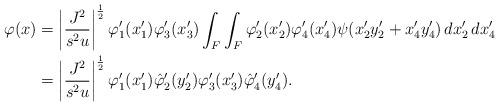
LaTeX: \begin{align*} \varphi(x) & = \left| \frac{J^2}{s^2u} \right|^{\frac{1}{2}} \varphi_1'(x_1') \varphi_3'(x_3') \int_F \int_F \varphi_2'(x_2') \varphi_4'(x_4') \psi(x_2'y_2' + x_4' y_4') \, dx_2' \, dx_4' \\ & = \left| \frac{J^2}{s^2u} \right|^{\frac{1}{2}} \varphi_1'(x_1') \hat{\varphi}_2'(y_2') \varphi_3'(x_3') \hat{\varphi}_4'(y_4').\end{align*}